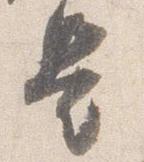
是